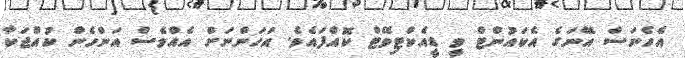
އެހެނަސް އޭނަގެ އެކައުންޓް ވީ ޑީއެކްޓިވޭޓް ކޮއްފައެވެ. އަހަންނަށް އެެއްވެސް އަންހެން ކުއްޖަކާ